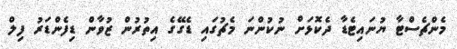
މެންޗެސްޓާ ޔުނައިޓެޑާ ދެކޮޅަށް ނުކުންނަ މެޗުގައި ޑެގޭގެ އިތުރުން ޒުވާން ޑިފެންޑަރު ފިލް